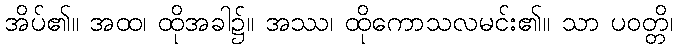
အိပ်၏။ အထ၊ ထိုအခါ၌။ အဿ၊ ထိုကောသလမင်း၏။ သာ ပဝတ္တိ၊